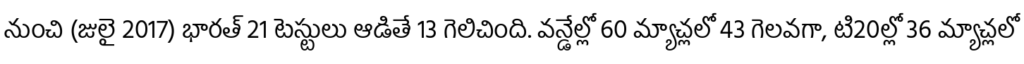
నుంచి (జులై 2017) భారత్ 21 టెస్టులు ఆడితే 13 గెలిచింది. వన్డేల్లో 60 మ్యాచ్లలో 43 గెలవగా, టి20ల్లో 36 మ్యాచ్లలో